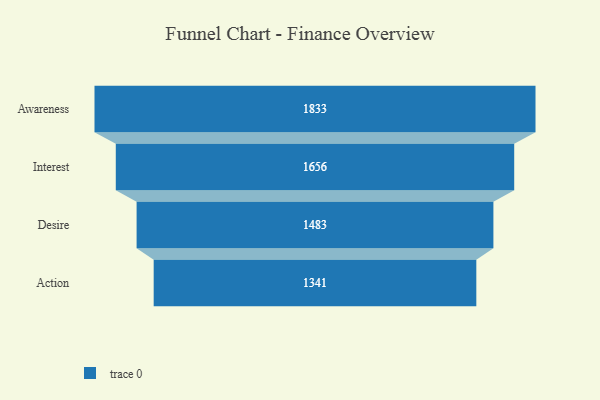
{"axis": {"x": "Stage", "y": "Value"}, "legend": [""], "data": [{"x": "Awareness", "y": 1833.0, "type": ""}, {"x": "Interest", "y": 1656.0, "type": ""}, {"x": "Desire", "y": 1483.0, "type": ""}, {"x": "Action", "y": 1341.0, "type": ""}]}